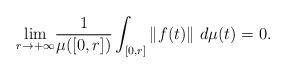
LaTeX: \begin{align*}\underset{r\rightarrow+\infty}{\lim}\frac{1}{\mu([0,r])}\int_{[0,r]}\left\Vert f(t)\right\Vert \,d\mu(t)=0 .\end{align*}